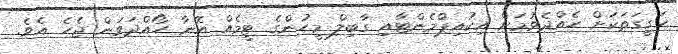
ހަގީގަތަކަށް ހެއްދެވުމަށް އިކުއިޕްމެންޓާއި ގާބިލް މީހުންގެ ޓީމެއް އޭނާ ހޯއްދަވަން ޖެހެ އެވެ.